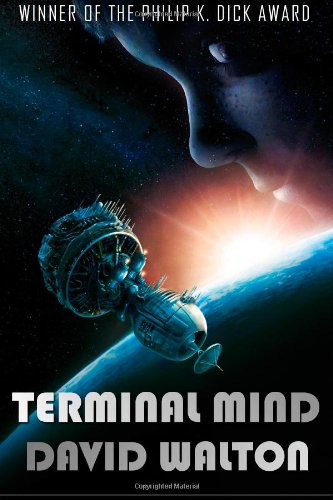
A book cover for Terminal Mind; David Walton; Science Fiction & Fantasy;